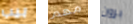
بيب مهم برون